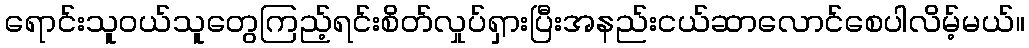
ရောင်းသူဝယ်သူတွေကြည့်ရင်းစိတ်လှုပ်ရှားပြီးအနည်းငယ်ဆာလောင်စေပါလိမ့်မယ်။